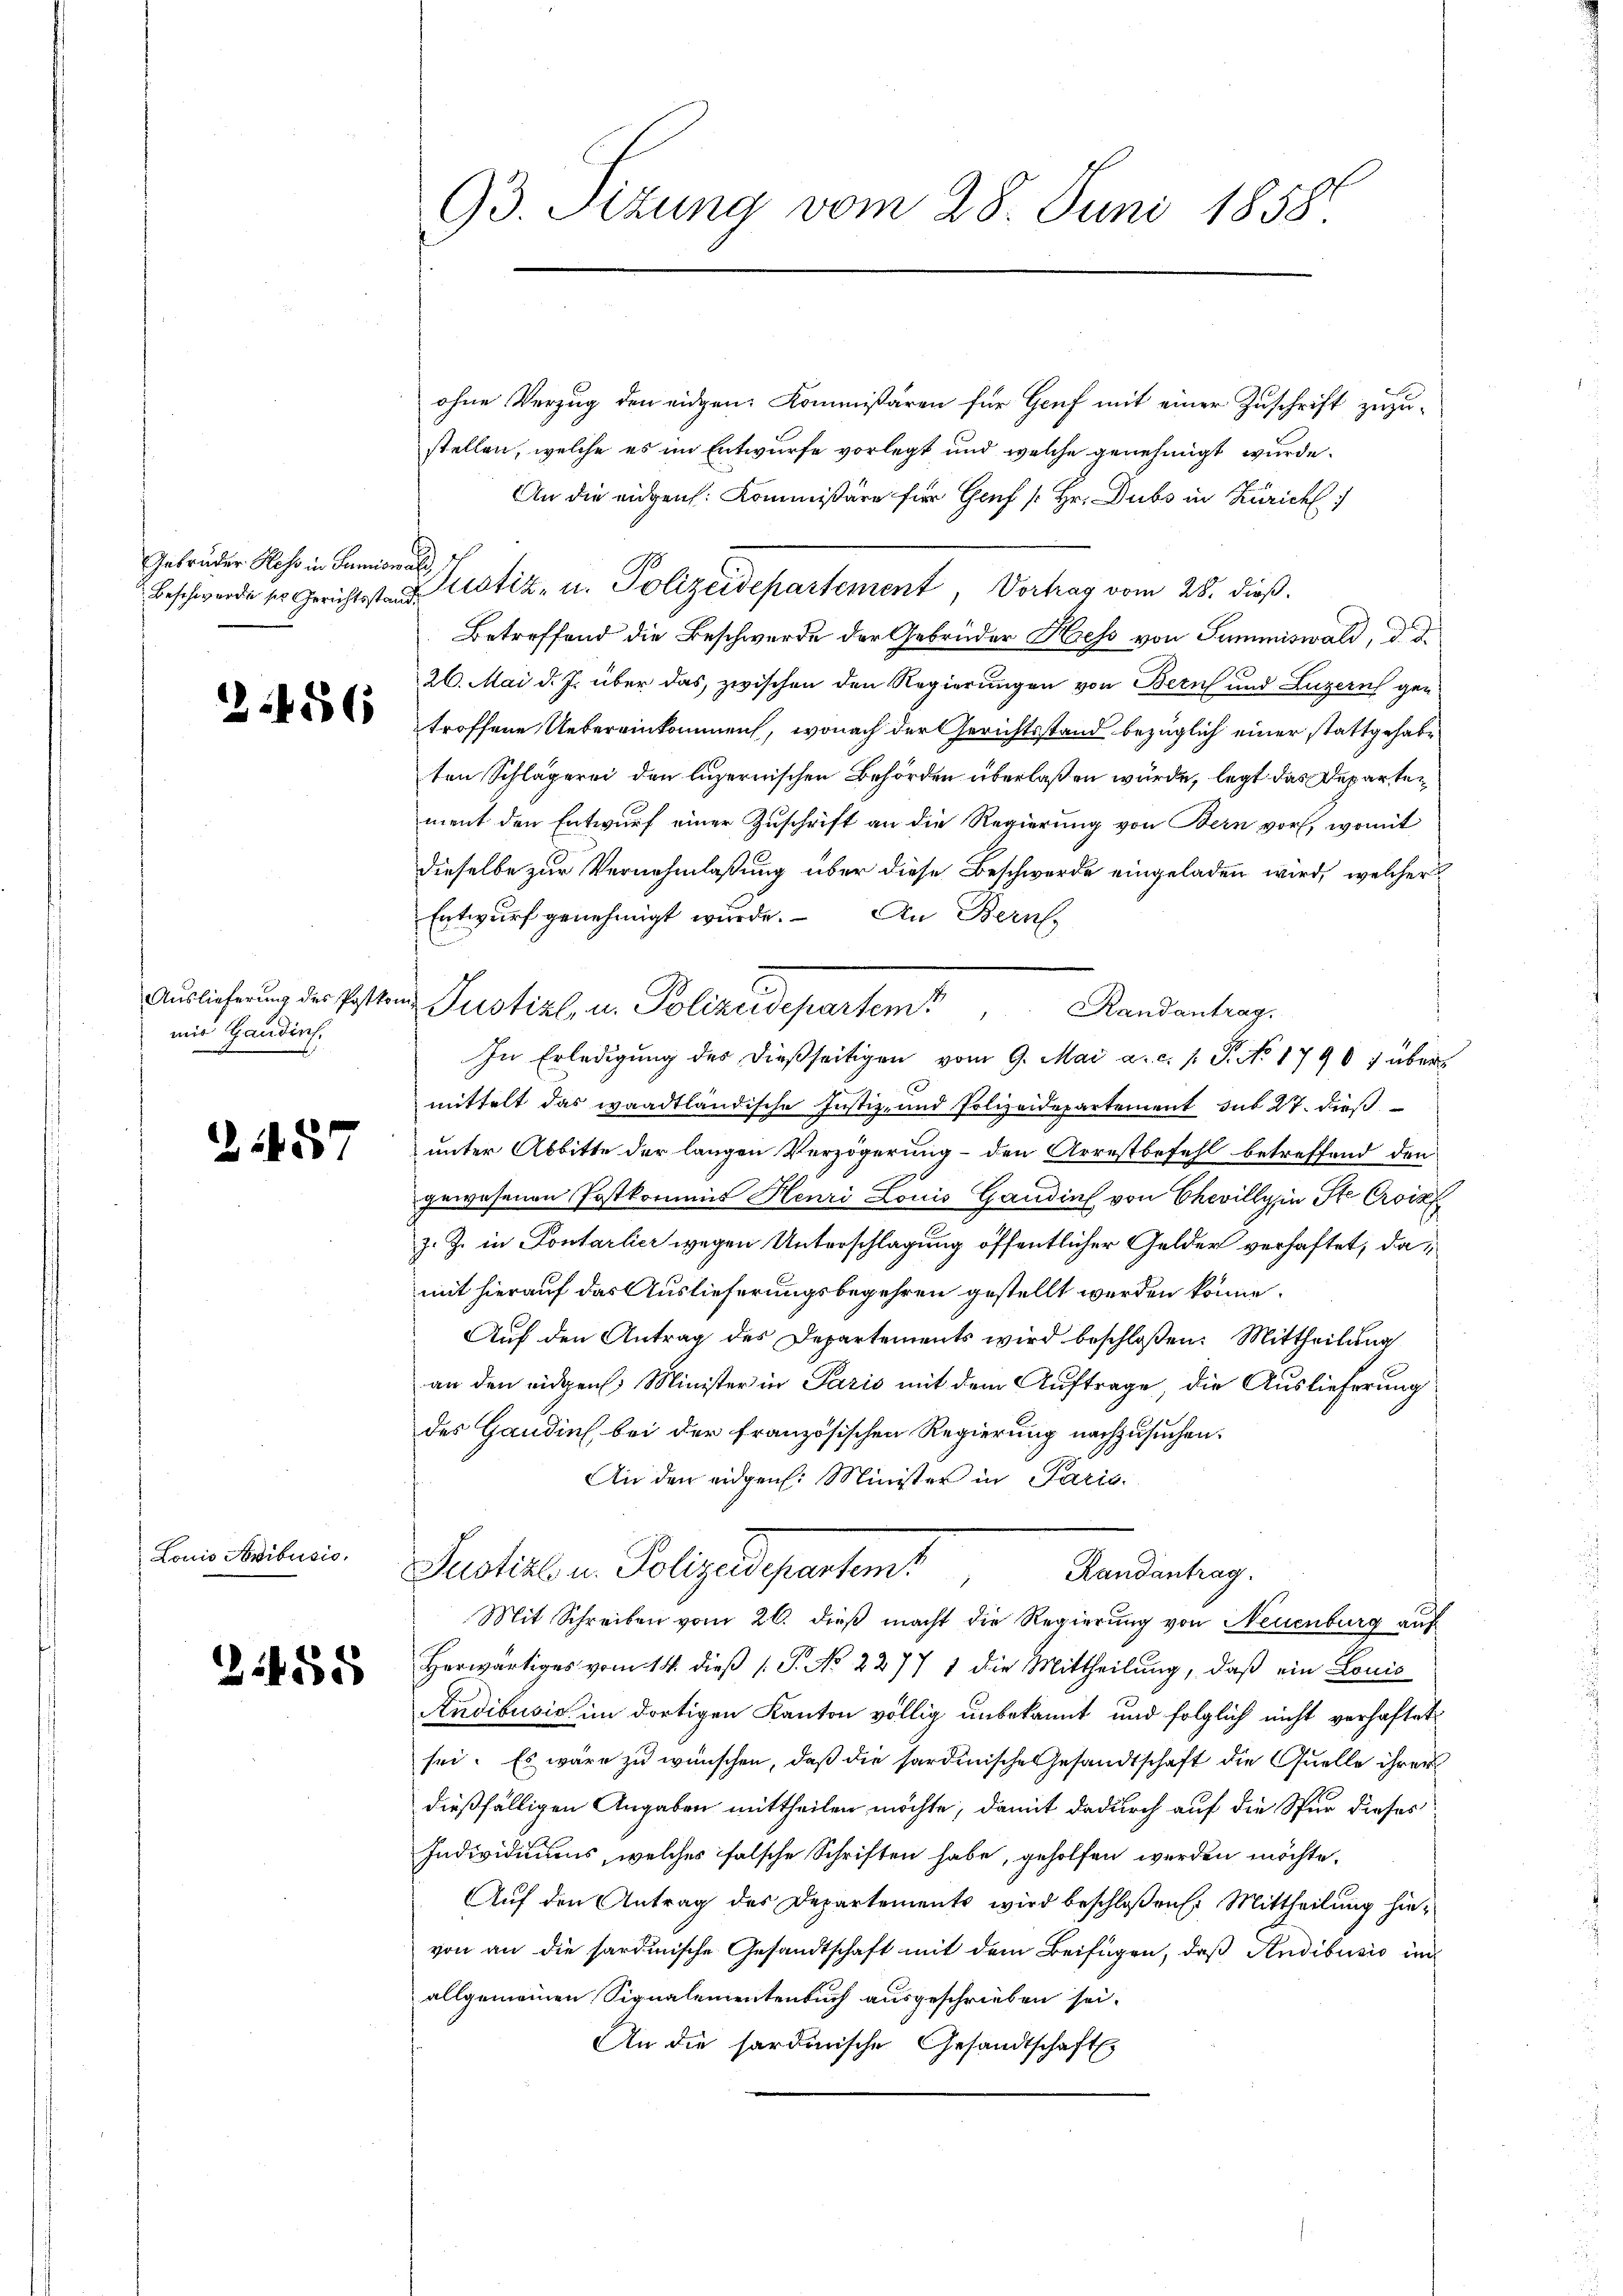
Gebrüder Hess in Sumiswald

56

Auslieferung des Postkommir Handisch.

1457

Lonio Anibusis.

21455

93. Sizung vom 28. Juni 1858.

ohne Verzug den eidgen. Kommißären für Gruf mit einer Zuschrift zuzustellen, welche es im Entwurfe vorlegt und welche genehmigt wurde.
An die eigen: Kommißäre für Genf /: Hr. Dubs in Zürich
Beschwerde er Gerichtsstand Sistiz- u. Polizeidepartement, Vortrag vom 28. dieß.
Betreffend die Beschwerde der Gebrüder Hess von Summiswald, d. d.
26. Mai d. J. über das, zwischen den Regierungen von Bern und Luzern getroffene Uebereinkommen, wonach der Gerichtsstand bezüglich einer stattgehabten Schlägerei den luzernischen Behörden überlaßen würde, legt das Departen
ment den Entwurf einer Zuschrift an die Regierung von Bern vor, womit
dieselbe zur Vernehmlaßung über diese Beschwerde eingeladen wird, welcher
Entwurf genehmigt wurde. An Bernh
Justiz in Polizeidepartent
Randantrag.
In Erledigŭng des dießseitigen vom 9. Mai a.c. s. S. No 1790 f über
2
z
mittelt das waadtländische Justiz- und Polizeidepartement sub 27. dieß
unter Abbitte der langen Verzögerung - den Arrestbefehl betreffend den
gewesenen Postkommis Henri Louis Gandin von Chevilly in Ste Croix
z. Z. in Pontarlier wegen Unterschlagung öffentlicher Gelder verhaftet, damit hierauf das Auslieferungsbegehren gestellt werden könne.
Auf den Antrag des Departements wird beschloßen: Mittheilnahan den eidgen. Minister in Paris mit dem Auftrage, die Auslieferung
des Gandins, bei der französischen Regierung nachzusuchen.
An den eidgen. Minister in Paris
Justiz u. Polizeidepartem!
Randantrag.
Mit Schreiben vom 26. dieß macht die Regierung von Neuenburg auf
Herwärtiges vom 14. dieß P. No 2277 1 die Mittheilung, daß ein Louis
Andibusis im dortigen Kanton völlig unbekannt und folglich nicht verhaftet
sei. Es wäre zu wünschen, daß die sardinische Gesandtschaft die Quelle ihren
dießfälligen Angaben mittheilen möchte, damit dadurch auf die Spur dieses
Individuums, welches falsche Schriften habe, geholfen werden möchte.
Auf den Antrag des Departements wird beschloßen: Mittheilung hievon an die sardinische Gesandtschaft mit dem Beifügen, daß Andibusio in
allgemeinen Signalementenbuch ausgeschrieben sei.
An die sardinische Gesandtschaft